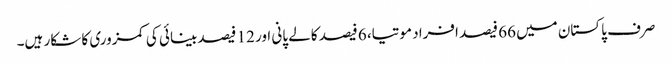
صرف پاکستان میں 66 فیصد افراد موتیا، 6 فیصد کالے پانی اور 12 فیصد بینائی کی کمزوری کا شکار ہیں۔